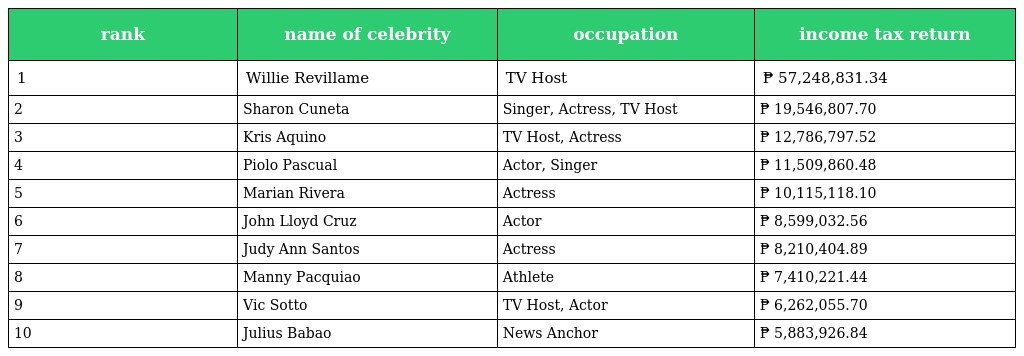
| rank | name of celebrity | occupation | income tax return |
 | --- | --- | --- | --- |
 | 1 | Willie Revillame | TV Host | ₱ 57,248,831.34 |
 | 2 | Sharon Cuneta | Singer, Actress, TV Host | ₱ 19,546,807.70 |
 | 3 | Kris Aquino | TV Host, Actress | ₱ 12,786,797.52 |
 | 4 | Piolo Pascual | Actor, Singer | ₱ 11,509,860.48 |
 | 5 | Marian Rivera | Actress | ₱ 10,115,118.10 |
 | 6 | John Lloyd Cruz | Actor | ₱ 8,599,032.56 |
 | 7 | Judy Ann Santos | Actress | ₱ 8,210,404.89 |
 | 8 | Manny Pacquiao | Athlete | ₱ 7,410,221.44 |
 | 9 | Vic Sotto | TV Host, Actor | ₱ 6,262,055.70 |
 | 10 | Julius Babao | News Anchor | ₱ 5,883,926.84 |